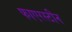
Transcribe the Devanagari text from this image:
फाएरस्टीन